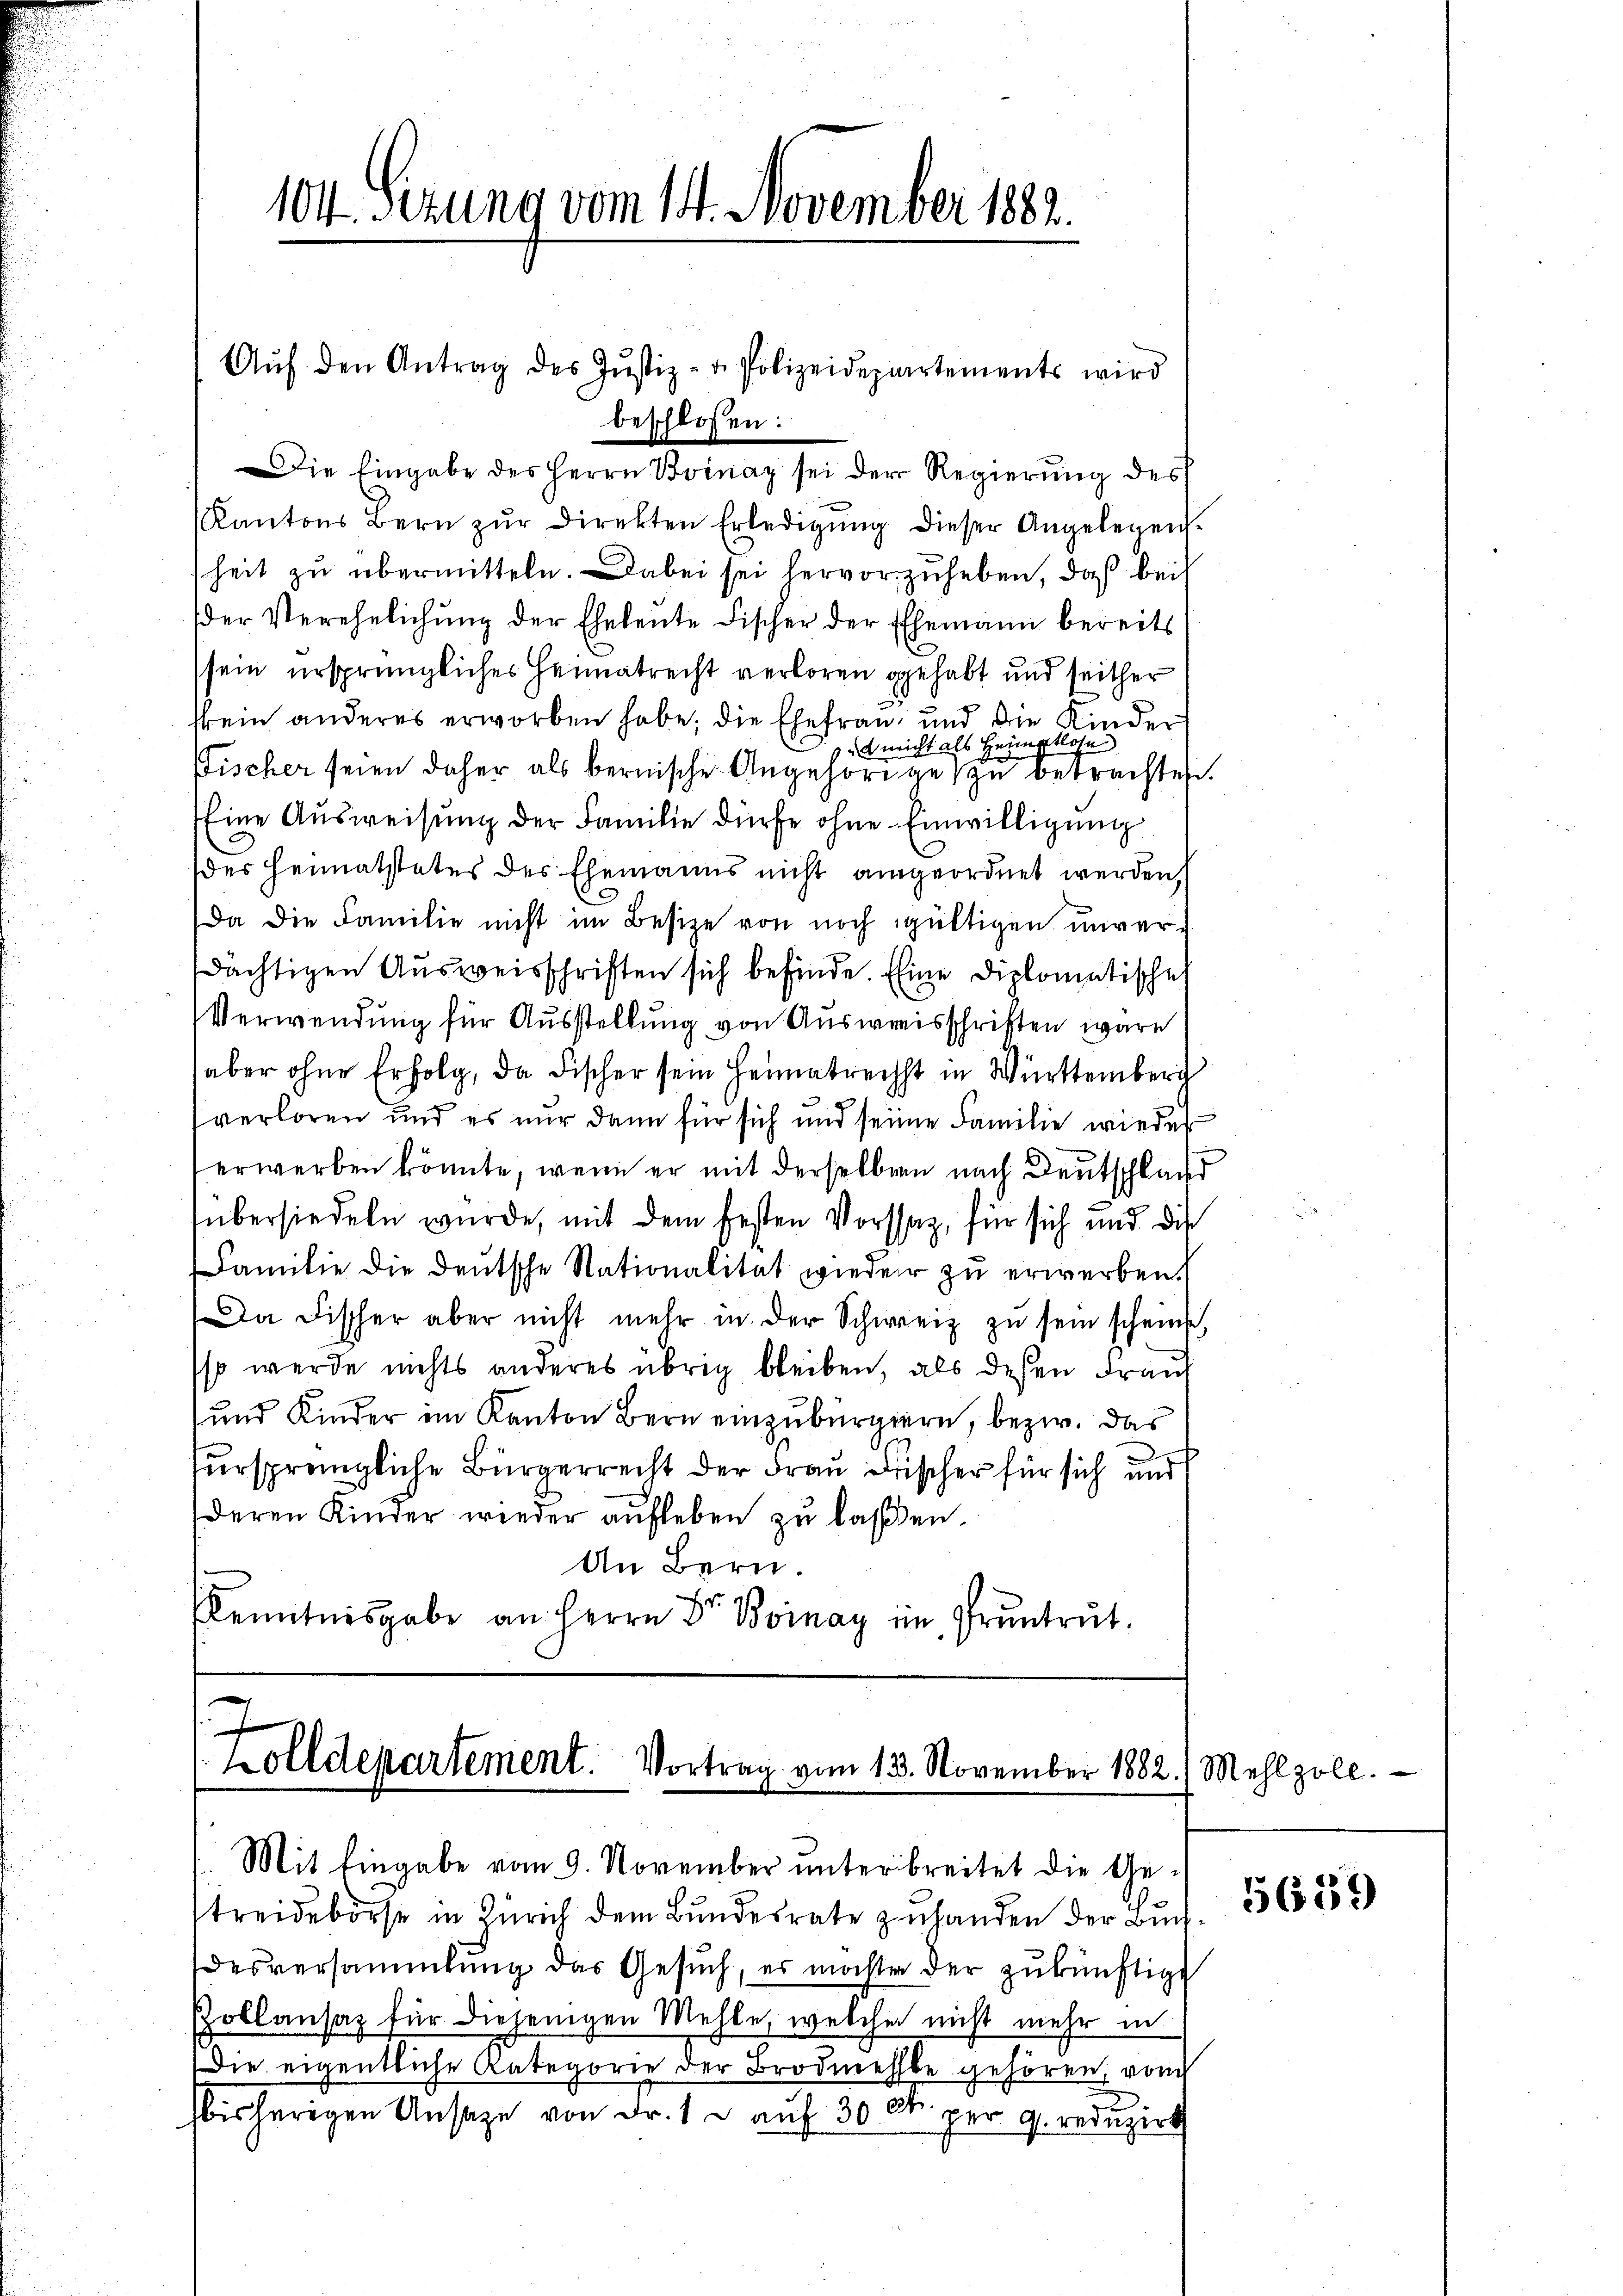
104. Sizung vom 14. November 1882.

Die Eingabe des Herrn Boinaz sei der Regierung des
Kantons Bern zŭr Direkten Erledigŭng dieser Angelegen-
heit zu übermitteln. Dabei sei hervorzuheben, daß bei
(der Verehelichŭng der Eheleute Fischer der Ehemann bereits
sein ursprüngliches Heimatrecht verloren gehabt und seither
skein anderes erworben habe; die Ehefrau, und die Kinder
 Bericht als Heimptlose
Fischer seien daher als bernische Angehörige zu gebrachten.
Eine Ausweisung der Familie dürfe ohne Einwilligung
(des Heimatstetes der Ehemanns nicht angeordnet werden,
Da die Familie nicht im Besize von noch gültigen unverdächtigen Ausweisschriften sich befinde. Eine Diplomatische
Verwendung für Ausstellung von Ausweisschriften wäre
aber ohne Erfolg, da Fischer sein Heimatrechst in Württemberg
verloren und es nur dann für sich und seine Familie wieder
erwerben könnte, wenn er mit derselben nach Deutschland
übersiedeln wurde, mit dem festen Vorstag, für sich und die
Familie die deutsche Nationalität wieder zu erwerben.
Da Fischer aber nicht mehr in der Schweiz zu sein scheinte,
so werde nichts anderes übrig bleiben, als dessen Franz
und Kinder im Kanton Bern einzuburgiern, bezw. das
ursprüngliche Bürgerrecht der Frau Frischer für sich und
deren Kinder wieder aufleben zu laßen.
An Bern.
Kenntnisgabe an Herrn Dr. Bonay in Pruntrut.

Aŭf den Antrag des Jŭstiz- u. Polizeidepartements wird
beschlossen:

1
olldepartement. Vortrag vom 13. November 1882.) Mehl zoll.
Mit Eingabe vom 9. November unterbreitet die Ge¬

streidebörse in Zürich dem Bundesrate zuhanden der Buchdesversammlung das Gesuch, es möchte der zukünftige
Pollansaz für diejenigen Mehle, welcher nicht mehr in
Die eigentliche Kategorie der Brodmehlte gehören, von
bisherigen Ansage von Fr. 1 u auf 30 et per 9. reduzirt

5659